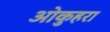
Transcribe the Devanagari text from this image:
ओकुहरा